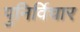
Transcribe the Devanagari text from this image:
पुनिर्विचार